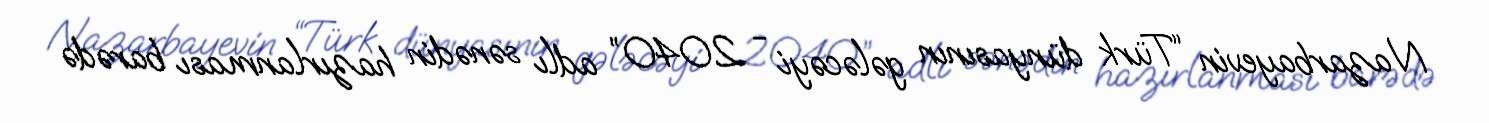
Nazarbayevin “Türk dünyasının gələcəyi - 2040” adlı sənədin hazırlanması barədə